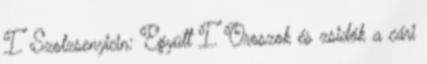
I. Szolzsenyicin: Együtt I. Oroszok és zsidók a cári